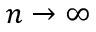
n \to \infty